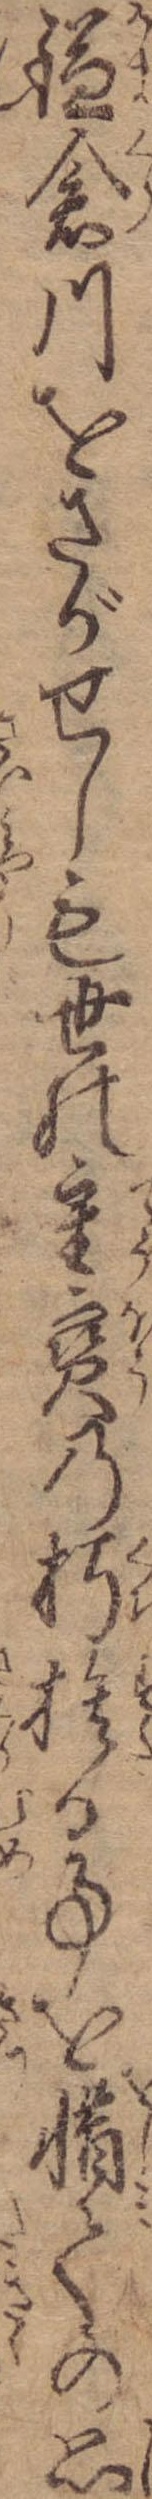
鎌倉川をさがせしも世の重宝の朽捨る事を惜ての思